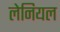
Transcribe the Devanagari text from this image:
लेनियल